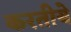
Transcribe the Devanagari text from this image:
करतीये